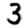
Digit: 3